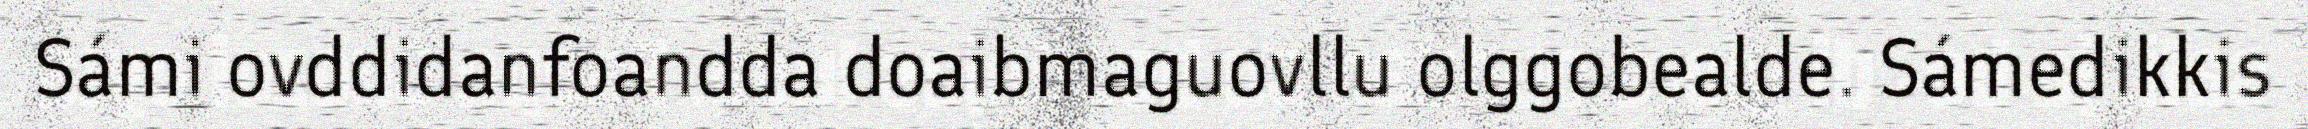
Sámi ovddidanfoandda doaibmaguovllu olggobealde. Sámedikkis